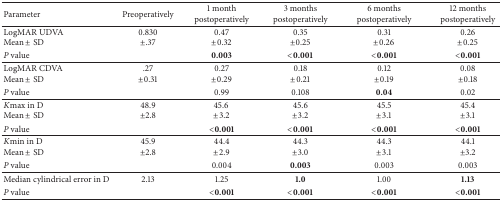
<table><thead><tr><td><b>Parameter</b></td><td><b>Preoperatively</b></td><td><b>1 month postoperatively</b></td><td><b>3 months postoperatively</b></td><td><b>6 months postoperatively</b></td><td><b>12 months postoperatively</b></td></tr></thead><tbody><tr><td> LogMAR UDVAMean ± SD</td><td>0.830 ±.37</td><td>0.47±0.32</td><td>0.35±0.25</td><td>0.31±0.26</td><td>0.26±0.25</td></tr><tr><td><i>P </i>value</td><td> </td><td><b>0.003</b></td><td><b>&lt;0.001</b></td><td><b>&lt;0.001</b></td><td><b>&lt;0.001</b></td></tr><tr><td>LogMAR CDVAMean ± SD</td><td>.27±0.31</td><td>0.27±0.29</td><td>0.18±0.21</td><td>0.12±0.19</td><td>0.08±0.18</td></tr><tr><td><i>P </i>value</td><td> </td><td>0.99</td><td>0.108</td><td><b>0.04</b></td><td>0.02</td></tr><tr><td><i>K</i>max in D Mean ± SD</td><td>48.9±2.8</td><td>45.6 ±3.2</td><td>45.6±3.2</td><td>45.5±3.1</td><td>45.4±3.1</td></tr><tr><td><i>P </i>value</td><td> </td><td><b>&lt;0.001</b></td><td><b>&lt;0.001</b></td><td><b>&lt;0.001</b></td><td><b>&lt;0.001</b></td></tr><tr><td><i>K</i>min in D Mean ± SD</td><td>45.9±2.8</td><td>44.4±2.9</td><td>44.3±3.0</td><td>44.3±3.1</td><td>44.1±3.2</td></tr><tr><td><i>P </i>value</td><td> </td><td>0.004</td><td><b>0.003</b></td><td>0.003</td><td>0.003</td></tr><tr><td>Median cylindrical error in D</td><td>2.13</td><td>1.25</td><td><b>1.0</b></td><td>1.00</td><td><b>1.13</b></td></tr><tr><td><i>P </i>value</td><td> </td><td><b>&lt;0.001</b></td><td><b>&lt;0.001</b></td><td><b>&lt;0.001</b></td><td><b>&lt;0.001</b></td></tr></tbody></table>